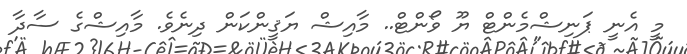
މީ އެނީ ޕަނިޝްމެންޓް ޔޫ ވޯންޓް.. މާއިޝް ޔަޤީންކަން ދިނެވެ. މާއިޝްގެ ސާދާ